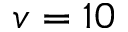
v = 1 0